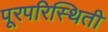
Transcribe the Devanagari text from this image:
पूरपरिस्थिती